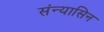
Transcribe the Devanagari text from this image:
संन्यासिन